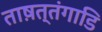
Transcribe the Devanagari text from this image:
ताष़त्तंगाडि